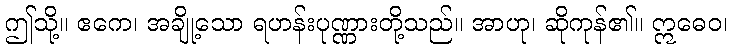
ဤသို့။ ဧကေ၊ အချို့သော ရဟန်းပုဏ္ဏားတို့သည်။ အာဟု၊ ဆိုကုန်၏။ ဣဓေဝ၊